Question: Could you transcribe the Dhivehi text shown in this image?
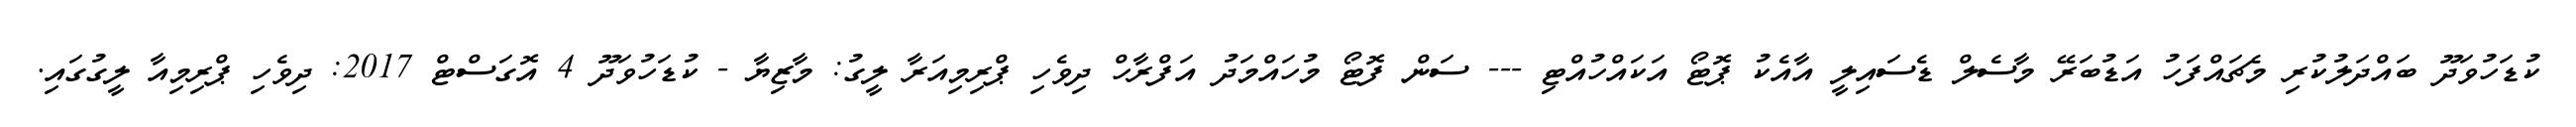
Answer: ކުޑަހުވަދޫ ބައްދަލުކުރި މެޗައްފަހު އަޑުބަރޭ މާސެލް ޑެސައިލީ އާއެކު ޕޮޓޯ އަކައްހުއްޓި --- ސަން ފޮޓޯ މުހައްމަދު އަފްރާހް ދިވެހި ޕްރިމިއަރާ ލީގު: މާޒިޔާ - ކުޑަހުވަދޫ 4 އޮގަސްޓް 2017: ދިވެހި ޕްރިމިއާ ލީގުގައި.